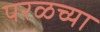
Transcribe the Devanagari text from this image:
परळच्या